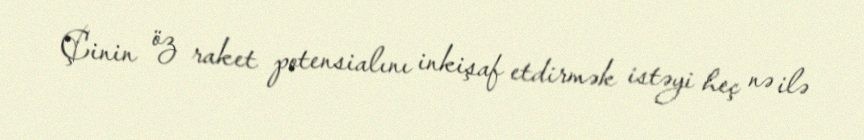
Çinin öz raket potensialını inkişaf etdirmək istəyi heç nə ilə